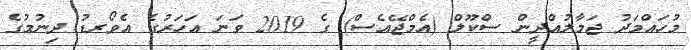
މުހައްމަދު ޖަމާލުއްދީން ސްކޫލް (އެމްޖޭއެސް) ގެ 2019 ވަނަ އަހަރުގެ އެވޯރޑު ދިނުމުގެ